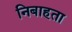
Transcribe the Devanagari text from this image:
निबाहता